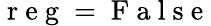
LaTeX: \mathrm{~r~e~g~}=\mathrm{~F~a~l~s~e~}